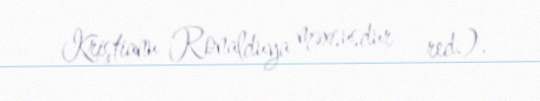
Kriştianu Ronalduya məxsusdur - red.).